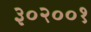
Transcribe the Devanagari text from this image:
३०२००१